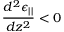
\frac { d ^ { 2 } \epsilon _ { | | } } { d z ^ { 2 } } < 0